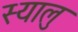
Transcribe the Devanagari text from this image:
स्यालु